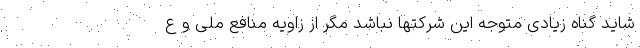
شاید گناه زیادی متوجه این شرکتها نباشد مگر از زاویه منافع ملی و ع